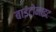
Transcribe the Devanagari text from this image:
बाइटोनाइट